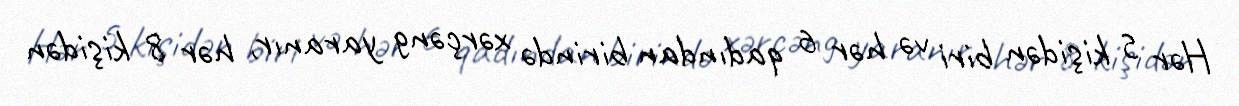
Hər 5 kişidən biri və hər 6 qadından birində xərçəng yaranır, hər 8 kişidən